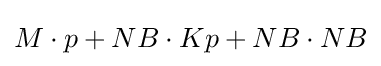
M\cdot p+NB\cdot Kp+NB\cdot NB